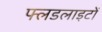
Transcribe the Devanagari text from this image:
फ्लडलाइटों